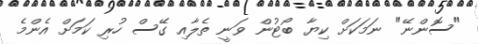
"ސޮންނޭ" ނަމަކަށް ކިޔާ ބޯޓުން ވަނީ ތެލާއި ގޭސް ހުރި ކަމަށް އެންމެ